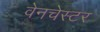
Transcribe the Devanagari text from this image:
वेनचेस्टर